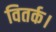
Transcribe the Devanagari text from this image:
वितर्क।